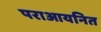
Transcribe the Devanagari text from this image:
पराआयनित